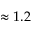
\approx 1 . 2